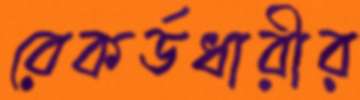
রেকর্ডধারীর